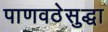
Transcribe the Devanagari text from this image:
पाणवठेसुद्धा